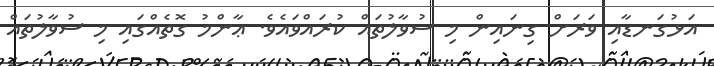
އަޅުގަނޑާއި ވަރަށް ގިނައިން މި ސުވާލުތައް ކުރައްވައެވެ. ޢާންމު ގޮތެއްގައި މި ސުވާލުތައް